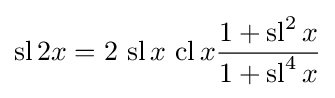
\operatorname {sl} 2x=2\,\operatorname {sl} x\,\operatorname {cl} x{\frac {1+\operatorname {sl} ^{2}x}{1+\operatorname {sl} ^{4}x}}